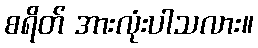
စရိတ် အားလုံးပါသလား။